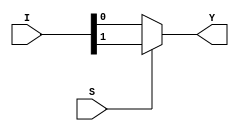
// This program was cloned from: https://github.com/paollacq/Verilog
// License: MIT License

/**************************************************
 P1.1 2:1 MULTIPLEXER BEHAVIORAL
 ************************************************/

 module mux_2_1_bh(Y,I,S);
 	input [1:0]I;
 	input S;
 	output reg Y;

 	always@(*)
 	if(S)
 		Y=I[1];
 	else
 		Y=I[0];

 endmodule